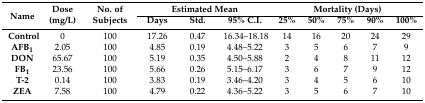
| <ROWSPAN=2> Name | <ROWSPAN=2> Dose (mg/L) | <ROWSPAN=2> No. of Subjects | <COLSPAN=3> Estimated Mean | <COLSPAN=5> Mortality (Days) |
 | Days | Std. | 95% C.I. | 25% | 50% | 75% | 90% | 100% |
 | --- | --- | --- | --- | --- | --- | --- | --- | --- | --- | --- |
 | Control | 0 | 100 | 17.26 | 0.47 | 16.34–18.18 | 14 | 16 | 20 | 24 | 29 |
 | AFB1 | 2.05 | 100 | 4.85 | 0.19 | 4.48–5.22 | 3 | 5 | 6 | 7 | 9 |
 | DON | 65.67 | 100 | 5.19 | 0.35 | 4.50–5.88 | 2 | 4 | 8 | 11 | 12 |
 | FB1 | 23.56 | 100 | 5.66 | 0.26 | 5.15–6.17 | 3 | 6 | 7 | 9 | 12 |
 | T-2 | 0.14 | 100 | 3.83 | 0.19 | 3.46–4.20 | 3 | 4 | 5 | 6 | 10 |
 | ZEA | 7.58 | 100 | 4.79 | 0.22 | 4.36–5.22 | 3 | 5 | 6 | 7 | 10 |